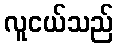
လူငယ်သည်